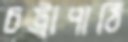
চট্রাপাঠি